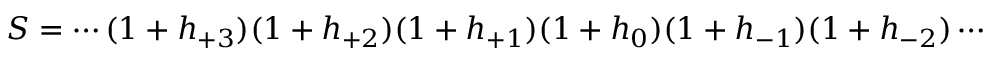
S = \cdots ( 1 + h _ { + 3 } ) ( 1 + h _ { + 2 } ) ( 1 + h _ { + 1 } ) ( 1 + h _ { 0 } ) ( 1 + h _ { - 1 } ) ( 1 + h _ { - 2 } ) \cdots